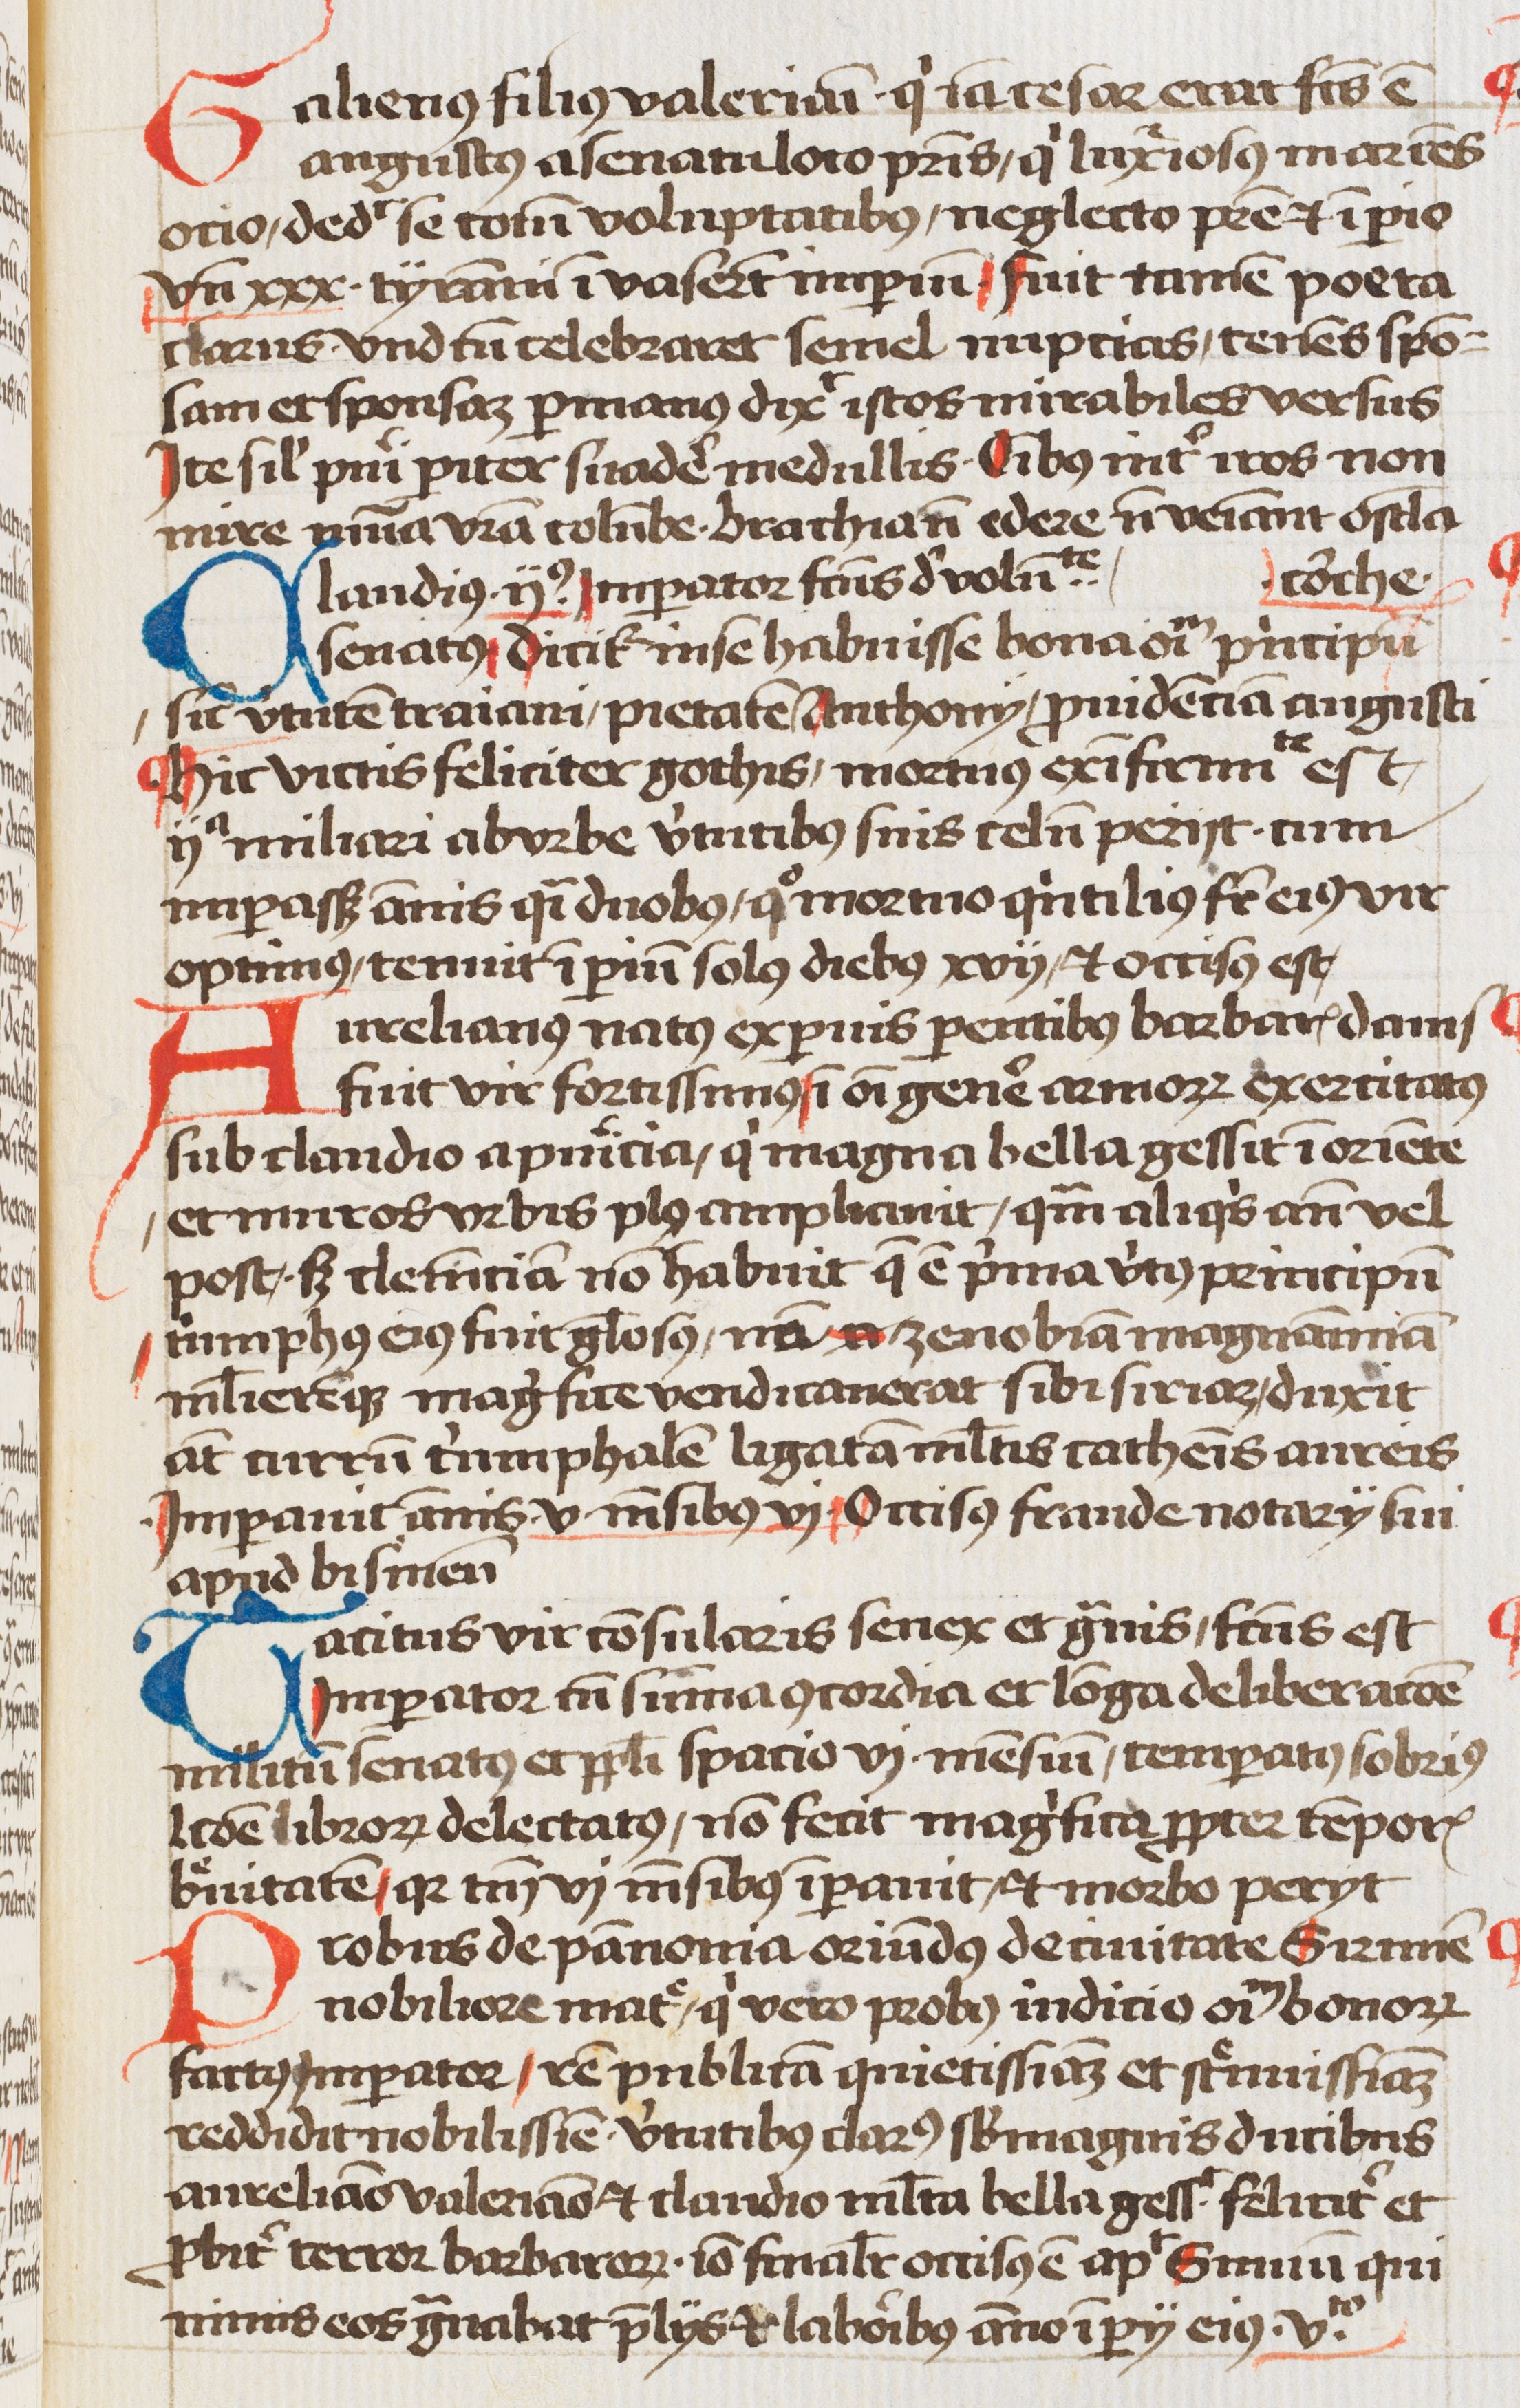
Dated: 1460–1490